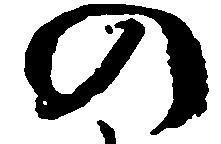
の